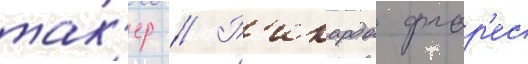
так'ер // Р'икардо флор'ес